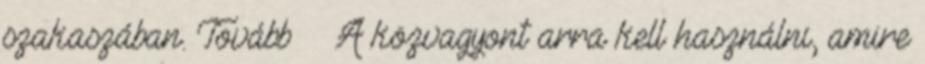
szakaszában. Tovább › ›A közvagyont arra kell használni, amire